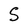
Character: S